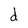
Character: d